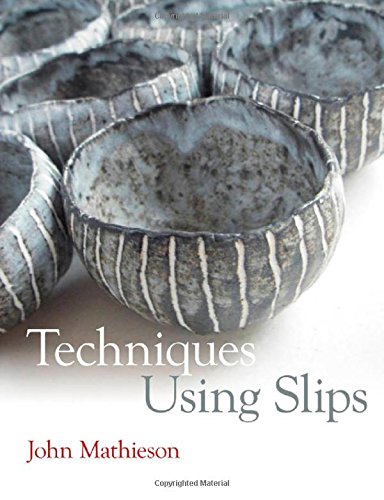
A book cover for Techniques Using Slips; John Mathieson; Arts & Photography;